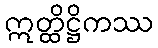
ဣတ္ထိဋ္ဌိကဿ